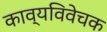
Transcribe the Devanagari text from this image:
काव्यविवेचक